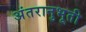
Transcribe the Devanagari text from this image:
अंतरानुभूती